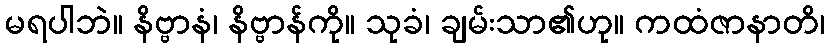
မရပါဘဲ။ နိဗ္ဗာနံ၊ နိဗ္ဗာန်ကို။ သုခံ၊ ချမ်းသာ၏ဟု။ ကထံဇာနာတိ၊